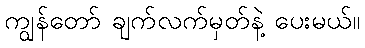
ကျွန်တော် ချက်လက်မှတ်နဲ့ ပေးမယ်။